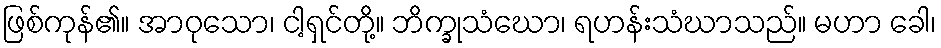
ဖြစ်ကုန်၏။ အာဝုသော၊ ငါ့ရှင်တို့။ ဘိက္ခုသံဃော၊ ရဟန်းသံဃာသည်။ မဟာ ခေါ၊